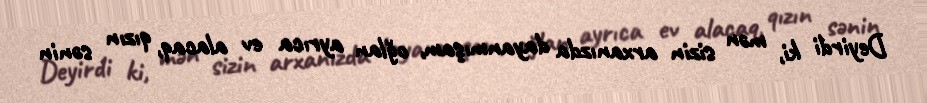
Deyirdi ki, mən sizin arxanızda dayanmışam, oğlan ayrıca ev alacaq, qızın sənin